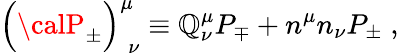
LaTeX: \Bigr({\calP}_{\pm}\Bigr)_{\; \nu}^{\mu}\equiv\mathbb{Q}_{\nu}^{\mu}P_{\mp}+n^{\mu}n_{\nu}P_{\pm}\; ,